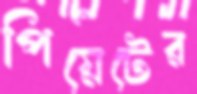
পিয়েটের